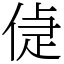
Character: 偼